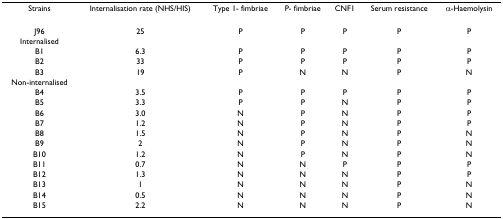
<table><thead><tr><td><b>Strains</b></td><td><b>Internalisation rate (NHS/HIS)</b></td><td><b>Type 1- fimbriae</b></td><td><b>P- fimbriae</b></td><td><b>CNF1</b></td><td><b>Serum resistance</b></td><td><b>α-Haemolysin</b></td></tr></thead><tbody><tr><td>J96</td><td>25</td><td>P</td><td>P</td><td>P</td><td>P</td><td>P</td></tr><tr><td>Internalised</td><td></td><td></td><td></td><td></td><td></td><td></td></tr><tr><td>B1</td><td>6.3</td><td>P</td><td>P</td><td>P</td><td>P</td><td>P</td></tr><tr><td>B2</td><td>33</td><td>P</td><td>P</td><td>P</td><td>P</td><td>P</td></tr><tr><td>B3</td><td>19</td><td>P</td><td>N</td><td>N</td><td>P</td><td>N</td></tr><tr><td>Non-internalised</td><td></td><td></td><td></td><td></td><td></td><td></td></tr><tr><td>B4</td><td>3.5</td><td>P</td><td>P</td><td>P</td><td>P</td><td>P</td></tr><tr><td>B5</td><td>3.3</td><td>P</td><td>P</td><td>N</td><td>P</td><td>P</td></tr><tr><td>B6</td><td>3.0</td><td>N</td><td>P</td><td>N</td><td>P</td><td>P</td></tr><tr><td>B7</td><td>1.2</td><td>N</td><td>P</td><td>N</td><td>P</td><td>P</td></tr><tr><td>B8</td><td>1.5</td><td>N</td><td>P</td><td>N</td><td>P</td><td>N</td></tr><tr><td>B9</td><td>2</td><td>N</td><td>P</td><td>N</td><td>P</td><td>N</td></tr><tr><td>B10</td><td>1.2</td><td>N</td><td>P</td><td>N</td><td>P</td><td>N</td></tr><tr><td>B11</td><td>0.7</td><td>N</td><td>N</td><td>P</td><td>P</td><td>P</td></tr><tr><td>B12</td><td>1.3</td><td>N</td><td>N</td><td>N</td><td>P</td><td>P</td></tr><tr><td>B13</td><td>1</td><td>N</td><td>N</td><td>N</td><td>P</td><td>N</td></tr><tr><td>B14</td><td>0.5</td><td>N</td><td>N</td><td>N</td><td>P</td><td>N</td></tr><tr><td>B15</td><td>2.2</td><td>N</td><td>N</td><td>N</td><td>P</td><td>N</td></tr></tbody></table>